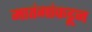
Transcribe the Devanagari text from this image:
मातंगांकडून